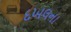
દખલના